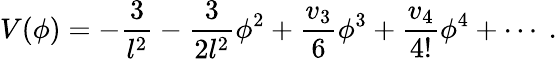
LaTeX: V(\phi)=-\frac 3{l^{2}}-\frac 3{2l^{2}}\phi^{2}+\frac{v_{3}}{6}\phi^{3}+\frac{v_{4}}{4!}\phi^{4}+\cdots~.